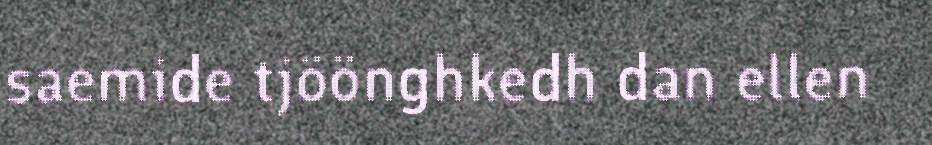
saemide tjöönghkedh dan ellen